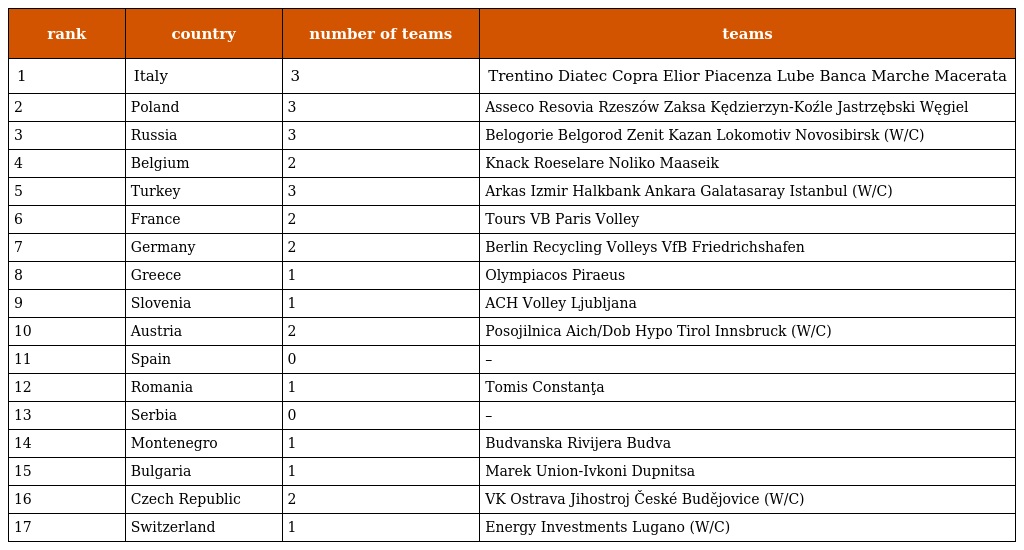
| rank | country | number of teams | teams |
 | --- | --- | --- | --- |
 | 1 | Italy | 3 | Trentino Diatec Copra Elior Piacenza Lube Banca Marche Macerata |
 | 2 | Poland | 3 | Asseco Resovia Rzeszów Zaksa Kędzierzyn-Koźle Jastrzębski Węgiel |
 | 3 | Russia | 3 | Belogorie Belgorod Zenit Kazan Lokomotiv Novosibirsk (W/C) |
 | 4 | Belgium | 2 | Knack Roeselare Noliko Maaseik |
 | 5 | Turkey | 3 | Arkas Izmir Halkbank Ankara Galatasaray Istanbul (W/C) |
 | 6 | France | 2 | Tours VB Paris Volley |
 | 7 | Germany | 2 | Berlin Recycling Volleys VfB Friedrichshafen |
 | 8 | Greece | 1 | Olympiacos Piraeus |
 | 9 | Slovenia | 1 | ACH Volley Ljubljana |
 | 10 | Austria | 2 | Posojilnica Aich/Dob Hypo Tirol Innsbruck (W/C) |
 | 11 | Spain | 0 | – |
 | 12 | Romania | 1 | Tomis Constanţa |
 | 13 | Serbia | 0 | – |
 | 14 | Montenegro | 1 | Budvanska Rivijera Budva |
 | 15 | Bulgaria | 1 | Marek Union-Ivkoni Dupnitsa |
 | 16 | Czech Republic | 2 | VK Ostrava Jihostroj České Budějovice (W/C) |
 | 17 | Switzerland | 1 | Energy Investments Lugano (W/C) |